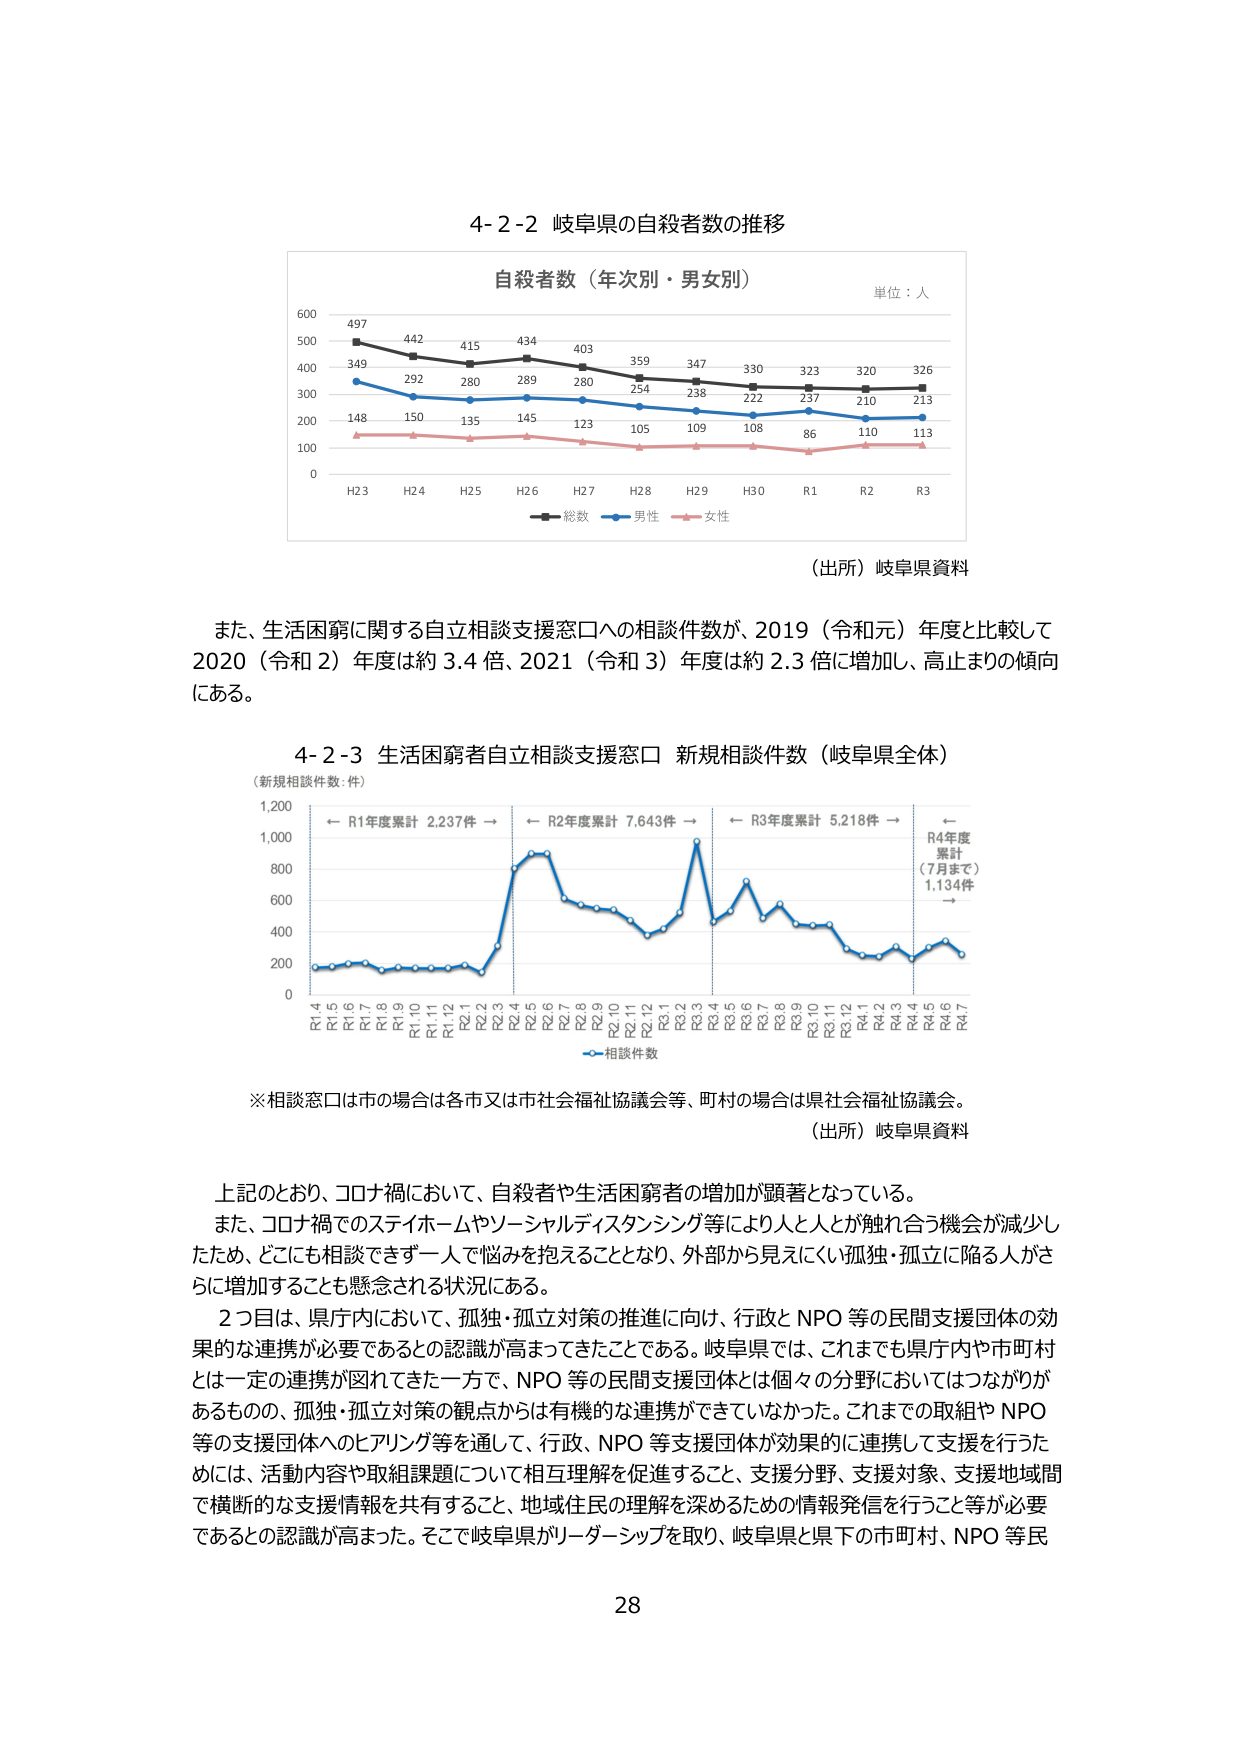
4-2-2 岐阜県の自殺者数の推移

自殺者数（年次別・男女別）
単位：人

600
500 497 442 415 434 403 359 347 330 323 320 326
400 349 292 280 289 280 254 238 222 237 210 213
300
200 148 150 135 145 123 105 109 108 86 110 113
100
0
H23 H24 H25 H26 H27 H28 H29 H30 R1 R2 R3

■ 総数 ● 男性 □ 女性

（出所）岐阜県資料

また、生活困窮に関する自立相談支援窓口への相談件数が、2019（令和元）年度と比較して
2020（令和2）年度は約3.4倍、2021（令和3）年度は約2.3倍に増加し、高止まりの傾向
にある。

4-2-3 生活困窮者自立相談支援窓口 新規相談件数（岐阜県全体）
（新規相談件数：件）

1,200 ← R1年度累計 2,237件 → ← R2年度累計 7,643件 → ← R3年度累計 5,218件 → ←
1,000
800
600
400
200
0
R1 4 5 6 7 8 9 10 11 12 R2 1 2 3 4 5 6 7 8 9 10 11 12 R3 1 2 3 4 5 6 7 8 9 10 11 12 R4 1 2 3 4 5 6 7
○ 相談件数

R4年度
累計
（7月まで）
1,134件
→

※相談窓口は市の場合各市又は市社会福祉協議会等、町村の場合は県社会福祉協議会。
（出所）岐阜県資料

上記のとおり、コロナ禍において、自殺者や生活困窮者の増加が顕著となっている。
また、コロナ禍でのステイホームやソーシャルディスタンシング等により人と人が触れ合う機会が減少し
たため、どこにも相談できず一人で悩みを抱えることとなり、外部から見えにくい孤独・孤立に陥る人がさ
らに増加することも懸念される状況にある。
2つ目は、県庁内において、孤独・孤立対策の推進に向け、行政とNPO等の民間支援団体の効
果的な連携が必要であるとの認識が高まってきたことである。岐阜県では、これまでも県庁内や市町村
とは一定の連携が図れてきた一方で、NPO等の民間支援団体とは個々の分野においてはつながりが
あるものの、孤独・孤立対策の観点からは有機的な連携ができていなかった。これまでの取組やNPO
等の支援団体へのヒアリング等を通して、行政、NPO等支援団体が効果的に連携して支援を行うた
めには、活動内容や取組課題について相互理解を促進すること、支援分野、支援対象、支援地域間
で横断的な支援情報を共有すること、地域住民の理解を深めるための情報発信を行うこと等が必要
であるとの認識が高まった。そこで岐阜県がリーダーシップを取り、岐阜県と県下の市町村、NPO等民

28